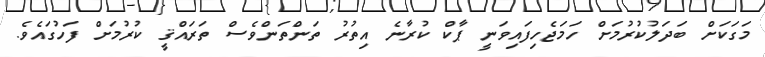
މަގަކަށް ބަދަލުކުރުމަށް ހަމަޖެހިފައިވަނީ ޕާކް ކުރާނެ އިތުރު ތަންތަންވެސް ތަރައްޤީ ކުރުމަށް ފަހުގައެވެ.